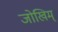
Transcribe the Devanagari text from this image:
जोखिम्